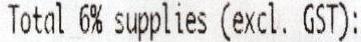
TOTAL 6% SUPPLIES (EXCL. GST):